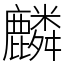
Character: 麟